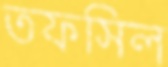
তফসিল